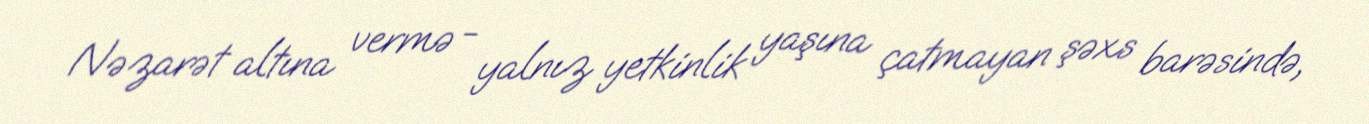
Nəzarət altına vermə - yalnız yetkinlik yaşına çatmayan şəxs barəsində,